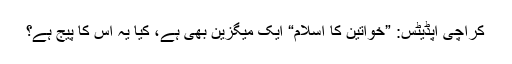
کراچی اپڈیٹس: ”خواتین کا اسلام“ ایک میگزین بھی ہے، کیا یہ اس کا پیج ہے؟